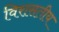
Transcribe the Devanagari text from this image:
विरासतीय